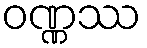
ဝဏ္ဏဿ